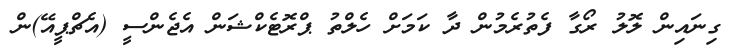
ގިނައިން ލޮލު ރޯގާ ފެތުރެމުން ދާ ކަމަށް ހެލްތު ޕްރޮޓެކްޝަން އެޖެންސީ (އެޗްޕީއޭ)ން